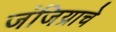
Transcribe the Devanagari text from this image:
जंजिय्राचे